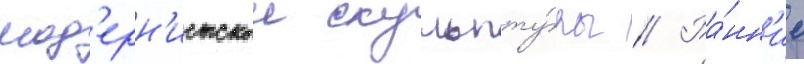
мод'ерн'истскои скульпту́ры // Ра́нн'ие